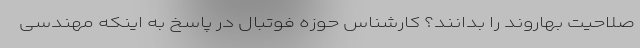
صلاحیت بهاروند را بدانند؟ کارشناس حوزه فوتبال در پاسخ به اینکه مهندسی